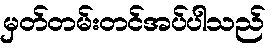
မှတ်တမ်းတင်အပ်ပါသည်